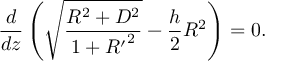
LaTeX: { \frac { d } { d z } } \left( \sqrt { \frac { R ^ { 2 } + { \cal D } ^ { 2 } } { 1 + { R ^ { \prime } } ^ { 2 } } } - { \frac { h } { 2 } } R ^ { 2 } \right) = 0 .